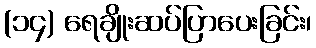
(၁၄) ရေချိုးဆပ်ပြာပေးခြင်း၊